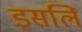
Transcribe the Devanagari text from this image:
इसलिे